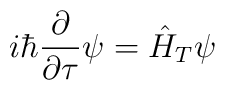
i\hbar\frac{\partial}{\partial\tau}\psi = \hat{H}_{T}\psi